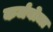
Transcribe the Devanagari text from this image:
कर्जबोजा